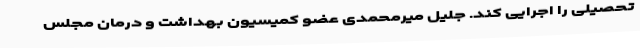
تحصیلی را اجرایی کند. جلیل میرمحمدی عضو کمیسیون بهداشت و درمان مجلس